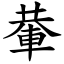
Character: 輂